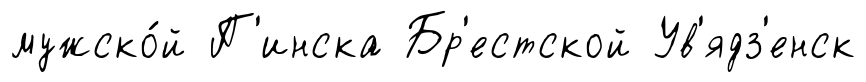
мужско́й П'инска Бр'естской Ув'ядз'енск